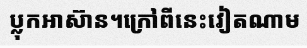
ប្លុកអាស៊ាន។ក្រៅពីនេះវៀតណាម